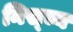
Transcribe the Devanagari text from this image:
निस्च्य